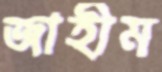
জাহীম